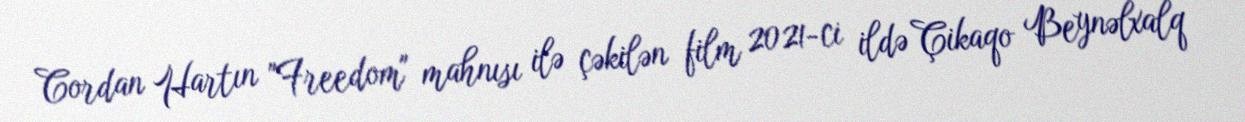
Cordan Hartın "Freedom" mahnısı ilə çəkilən film 2021-ci ildə Çikaqo Beynəlxalq